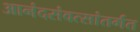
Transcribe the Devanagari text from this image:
आनंदसंवत्सांतर्गत